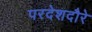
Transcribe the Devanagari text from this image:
परदेशदौरे